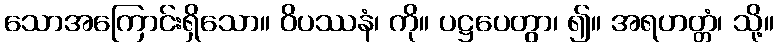
သောအကြောင်းရှိသော။ ဝိပဿနံ၊ ကို။ ပဋ္ဌပေတွာ၊ ၍။ အရဟတ္တံ၊ သို့။